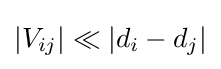
|V_{ij}|\ll |d_{i}-d_{j}|